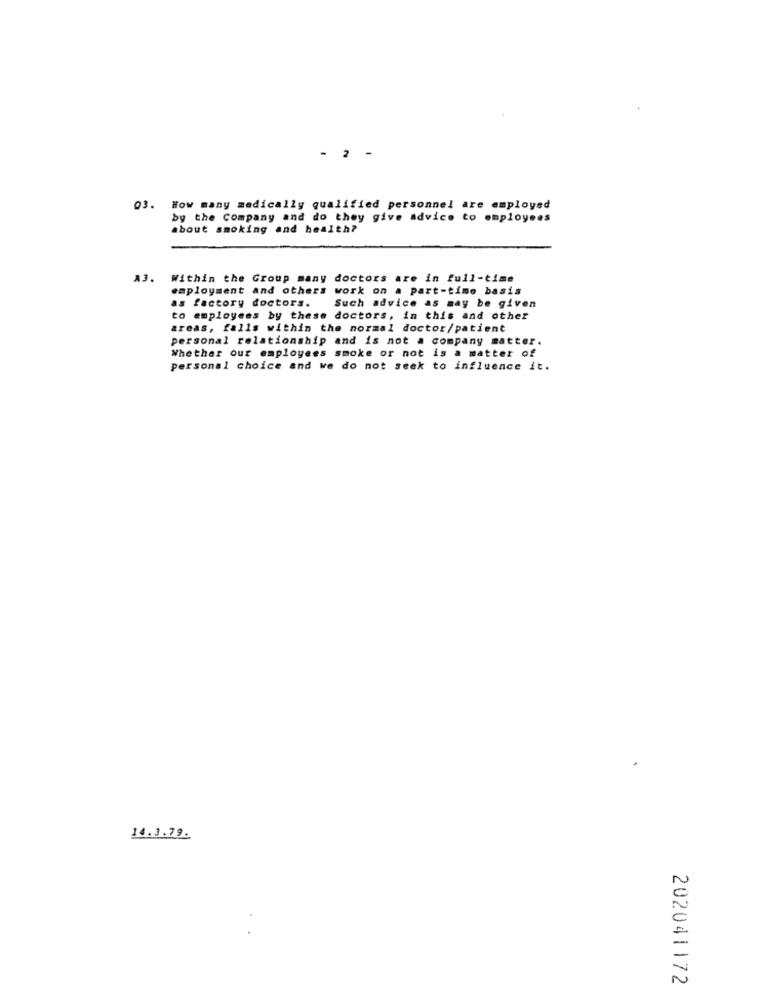
2
03. How many medically qualified personnel are employed
by the Company and do they give advice to employees
about smoking and health?
A3.
Within the Group many doctors are in full-time
employment and others work on a part-time basis
as factory doctors.
Such advice as may be given
to employees by these doctors, in this and other
areas, falls within the normal doctor/patient
personal relationship and is not a company matter.
Whether our employees smoke or not is a matter of
personal choice and we do not seek to influence it.
14.3.79.
202041172